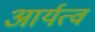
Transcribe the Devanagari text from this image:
आर्यत्व